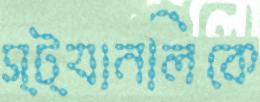
স্ট্যানলিকে